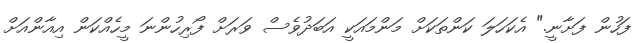
ފަހުން ފަށާނީ." އެކަހަލަ ކަންތަކަށް މަންމައަކީ އަބަދުވެސް ވަރަށް ފޯރިހުންނަ މީހެއްކަން އިއާންއަށް